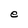
Character: e